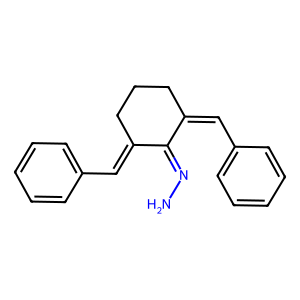
SMILES: NN=C1C(=Cc2ccccc2)CCCC1=Cc1ccccc1
Inhibits HIV replication: No